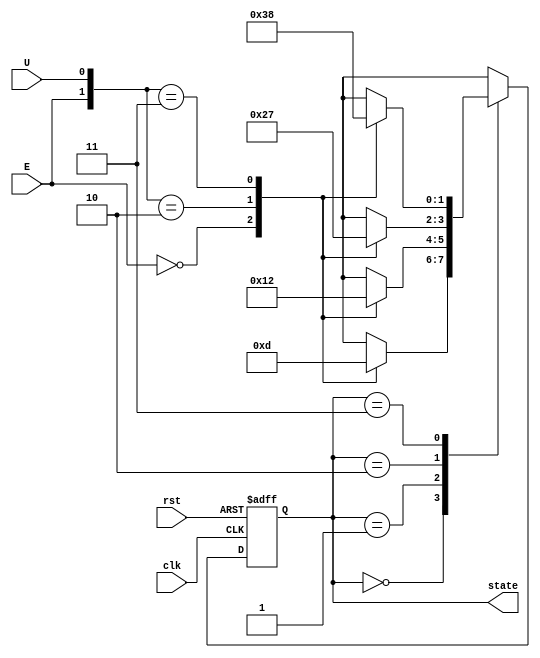
module two_bit_counter(output reg [1:0]state, input E, U, clk, rst);

reg [1:0]next_state;
parameter S0=2'b00, S1=2'b01, S2=2'b10, S3=2'b11;

always @ (posedge clk, negedge rst)
begin
	if(!rst)
		state <= S0;
	else
		state <= next_state;
end

always @ (state, E, U)
begin
	case(state)
		S0 : 
			casez({E, U})
				2'b0? : next_state = S0;
				2'b10 : next_state = S3;
				2'b11 : next_state = S1;
			endcase
		S1 : 
			casez({E, U})
				2'b0? : next_state = S1;
				2'b10 : next_state = S0;
				2'b11 : next_state = S2;
			endcase
		S2 : 
			casez({E, U})
				2'b0? : next_state = S2;
				2'b10 : next_state = S1;
				2'b11 : next_state = S3;
			endcase
		S3 : 
			casez({E, U})
				2'b0? : next_state = S3;
				2'b10 : next_state = S2;
				2'b11 : next_state = S0;
			endcase
	endcase
end

endmodule